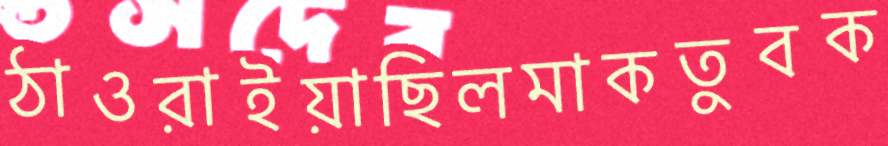
ঠাওরাইয়াছিলমাকতুবক